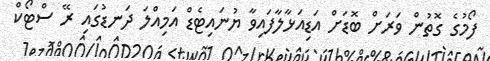
ފޯމުގެ ގޮތުން ވަރަށް ބޮޑަށް އަޑިއަޅާލާފައިވާ ޔުނައިޓެޑް އަމިއްލަ ދަނޑުގައި ރޭ ސްޓޯކް